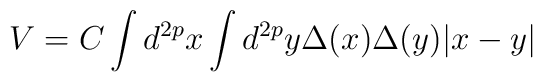
V = C \int d^{2p}x \int d^{2p}y \Delta(x) \Delta(y) |x-y|